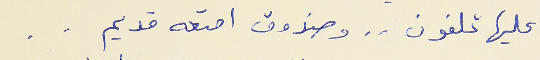
عليها تلفون . . وصندوق امتعه قديم . .